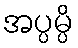
အပ္ပမ္ပိ